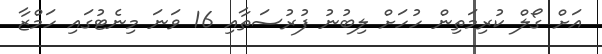
އަށް ގޯލް ކުރިމަތިން ހުހަށް ލިބުނު ފުރުސަތާއި 16 ވަނަ މިނެޓުގައި ހަމްޒާ